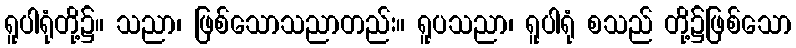
ရူပါရုံတို့၌။ သညာ၊ ဖြစ်သောသညာတည်း။ ရူပသညာ၊ ရူပါရုံ စသည် တို့၌ဖြစ်သော